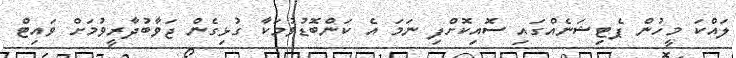
ލައްކަ މީހުން ޕެޓިޝަނެއްގައި ސޮއިކޮށްފި ނަމަ އެ ކަންބޮޑުވުމަކާ ގުޅިގެން ޖަވާބުދާރީވުމަށް ވައިޓް